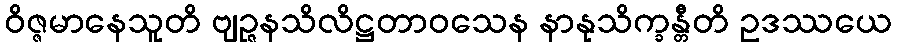
ဝိဇ္ဇမာနေသူတိ ဗျဉ္ဇနသိလိဋ္ဌတာဝသေန နာနုသိက္ခန္တီတိ ဥဒဿယေ